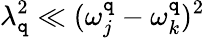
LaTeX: \lambda_{\mathtt{q}}^{2}\ll(\omega_{j}^{\mathtt{q}}-\omega_{k}^{\mathtt{q}})^{2}